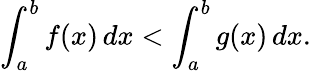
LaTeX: \int_{a}^{b}f(x)\, dx<\int_{a}^{b}g(x)\, dx.